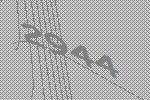
2944